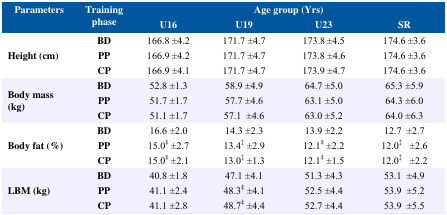
| <ROWSPAN=3> Parameters | <ROWSPAN=3> Training phase | <COLSPAN=4> Age group (Yrs) |
 | U16 | U19 | U23 | SR |
 | --- | --- | --- | --- | --- | --- |
 | <ROWSPAN=3> Height (cm) | BD | 166.8±4.2 | 171.7±4.7 | 173.8±4.5 | 174.6±3.6 |
 | PP | 166.9±4.2 | 171.7±4.7 | 173.8±4.6 | 174.6±3.6 |
 | CP | 166.9±4.1 | 171.7±4.7 | 173.9±4.7 | 174.6±3.6 |
 | <ROWSPAN=3> Body mass (kg) | BD | 52.8±1.3 | 58.9±4.9 | 64.7±5.0 | 65.3±5.9 |
 | PP | 51.7±1.7 | 57.7±4.6 | 63.1±5.0 | 64.3±6.0 |
 | CP | 51.1±1.7 | 57.1±4.6 | 63.0±5.2 | 64.0±6.3 |
 | <ROWSPAN=3> Body fat (%) | BD | 16.6±2.0 | 14.3±2.3 | 13.9±2.2 | 12.7±2.7 |
 | PP | 15.0‡±2.7 | 13.4‡±2.9 | 12.1‡±2.2 | 12.0‡±2.6 |
 | CP | 15.0‡±2.1 | 13.0‡±1.3 | 12.1‡±1.5 | 12.0‡±2.2 |
 | <ROWSPAN=3> LBM (kg) | BD | 40.8±1.8 | 47.1±4.1 | 51.3±4.3 | 53.1±4.9 |
 | PP | 41.1±2.4 | 48.3‡±4.1 | 52.5±4.4 | 53.9±5.2 |
 | CP | 41.1±2.8 | 48.7‡±4.4 | 52.7±4.4 | 53.9±5.5 |